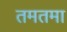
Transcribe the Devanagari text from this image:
तमतमा